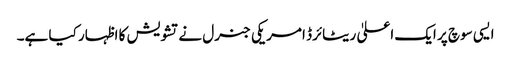
ایسی سوچ پر ایک اعلیٰ ریٹائرڈ امریکی جنرل نے تشویش کا اظہار کیا ہے۔